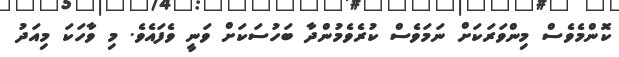
ކޮންމެވެސް މިންވަރަކަށް ނަމަވެސް ކުރެވެމުންދާ ބަހުސަކަށް ވަނީ ވެފައެވެ. މި ވާހަކަ މިއަދު